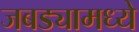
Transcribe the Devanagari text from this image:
जबड्यामध्ये